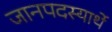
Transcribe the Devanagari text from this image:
जानपदस्यार्थे